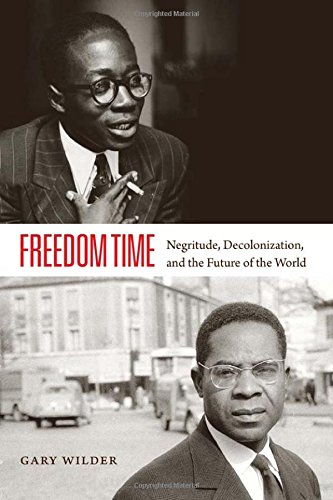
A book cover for Freedom Time: Negritude, Decolonization, and the Future of the World; Gary Wilder; History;